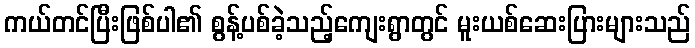
ကယ်တင်ပြီးဖြစ်ပါ၏ စွန့်ပစ်ခဲ့သည့်ကျေးရွာတွင် မူးယစ်ဆေးပြားများသည်